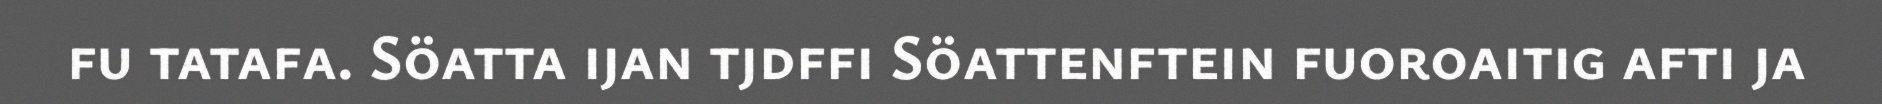
fu tatafa. Söatta ijan tjdffi Söattenftein fuoroaitig afti ja